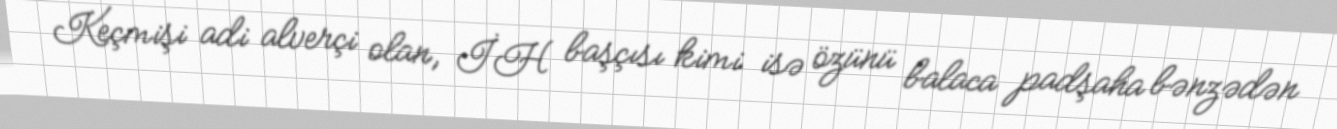
Keçmişi adi alverçi olan, İH başçısı kimi isə özünü balaca padşaha bənzədən